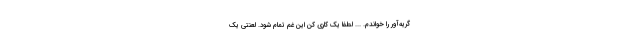
گریه‌آور را خواندم. ... لطفاً یک کاری کن این غم تمام شود. لعنتی یک